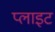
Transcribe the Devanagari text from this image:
प्लाइट